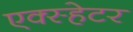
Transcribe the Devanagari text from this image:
एक्स्हेटर